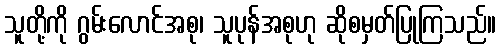
သူတို့ကို ဂွမ်းလောင်အစု၊ သူပုန်အစုဟု ဆိုစမှတ်ပြုကြသည်။